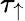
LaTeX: \tau_{\uparrow}